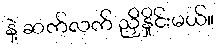
နဲ့ ဆက်လက် ညှိနှိုင်းမယ်။